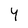
Character: Y